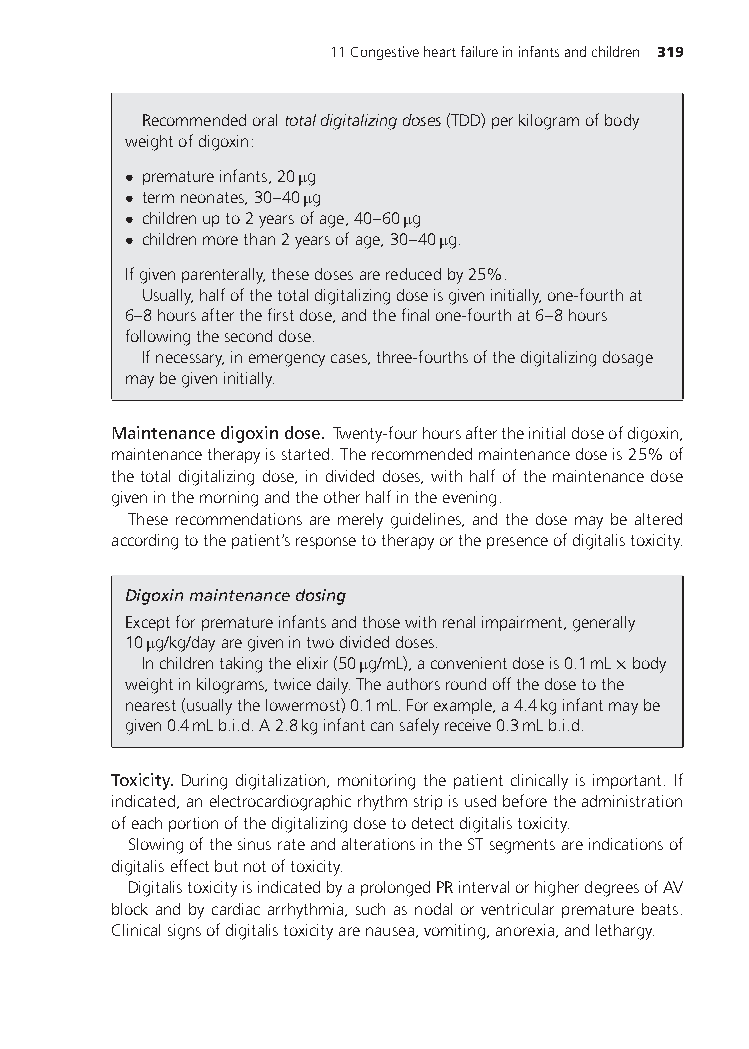
11Congestiveheartfailureininfantsandchildren 319
 Recommendedoraltotaldigitalizingdoses(TDD)perkilogramofbody
 weightofdigoxin:
 • prematureinfants,20μg
 • termneonates,30–40μg
 • childrenupto2yearsofage,40–60μg
 • childrenmorethan2yearsofage,30–40μg.
 Ifgivenparenterally,thesedosesarereducedby25%.
 Usually,halfofthetotaldigitalizingdoseisgiveninitially,one-fourthat
 6–8hoursafterthefirstdose,andthefinalone-fourthat6–8hours
 followingtheseconddose.
 Ifnecessary,inemergencycases,three-fourthsofthedigitalizingdosage
 maybegiveninitially.
 Maintenancedigoxindose. Twenty-fourhoursaftertheinitialdoseofdigoxin,
 maintenancetherapyisstarted.Therecommendedmaintenancedoseis25%of
 thetotaldigitalizingdose,individeddoses,withhalfofthemaintenancedose
 giveninthemorningandtheotherhalfintheevening.
 These recommendations are merely guidelines, and the dose may be altered
 accordingtothepatient’sresponsetotherapyorthepresenceofdigitalistoxicity.
 Digoxinmaintenancedosing
 Exceptforprematureinfantsandthosewithrenalimpairment,generally
 10μg/kg/dayaregivenintwodivideddoses.
 Inchildrentakingtheelixir(50μg/mL),aconvenientdoseis0.1mL×body
 weightinkilograms,twicedaily.Theauthorsroundoffthedosetothe
 nearest(usuallythelowermost)0.1mL.Forexample,a4.4kginfantmaybe
 given0.4mLb.i.d.A2.8kginfantcansafelyreceive0.3mLb.i.d.
 Toxicity. During digitalization, monitoring the patient clinically is important. If
 indicated,anelectrocardiographicrhythmstripisusedbeforetheadministration
 ofeachportionofthedigitalizingdosetodetectdigitalistoxicity.
 SlowingofthesinusrateandalterationsintheSTsegmentsareindicationsof
 digitaliseffectbutnotoftoxicity.
 DigitalistoxicityisindicatedbyaprolongedPRintervalorhigherdegreesofAV
 blockand by cardiacarrhythmia, such asnodal or ventricularpremature beats.
 Clinicalsignsofdigitalistoxicityarenausea,vomiting,anorexia,andlethargy.